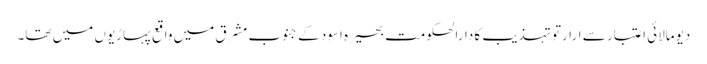
دیومالائی اعتبار سے ارارتو تہذیب کا دارالحکومت بحیرہ اسود کے جنوب مشرق میں واقع پہاڑیوں میں تھا۔